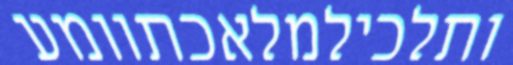
ותלכילמלאכתוומע